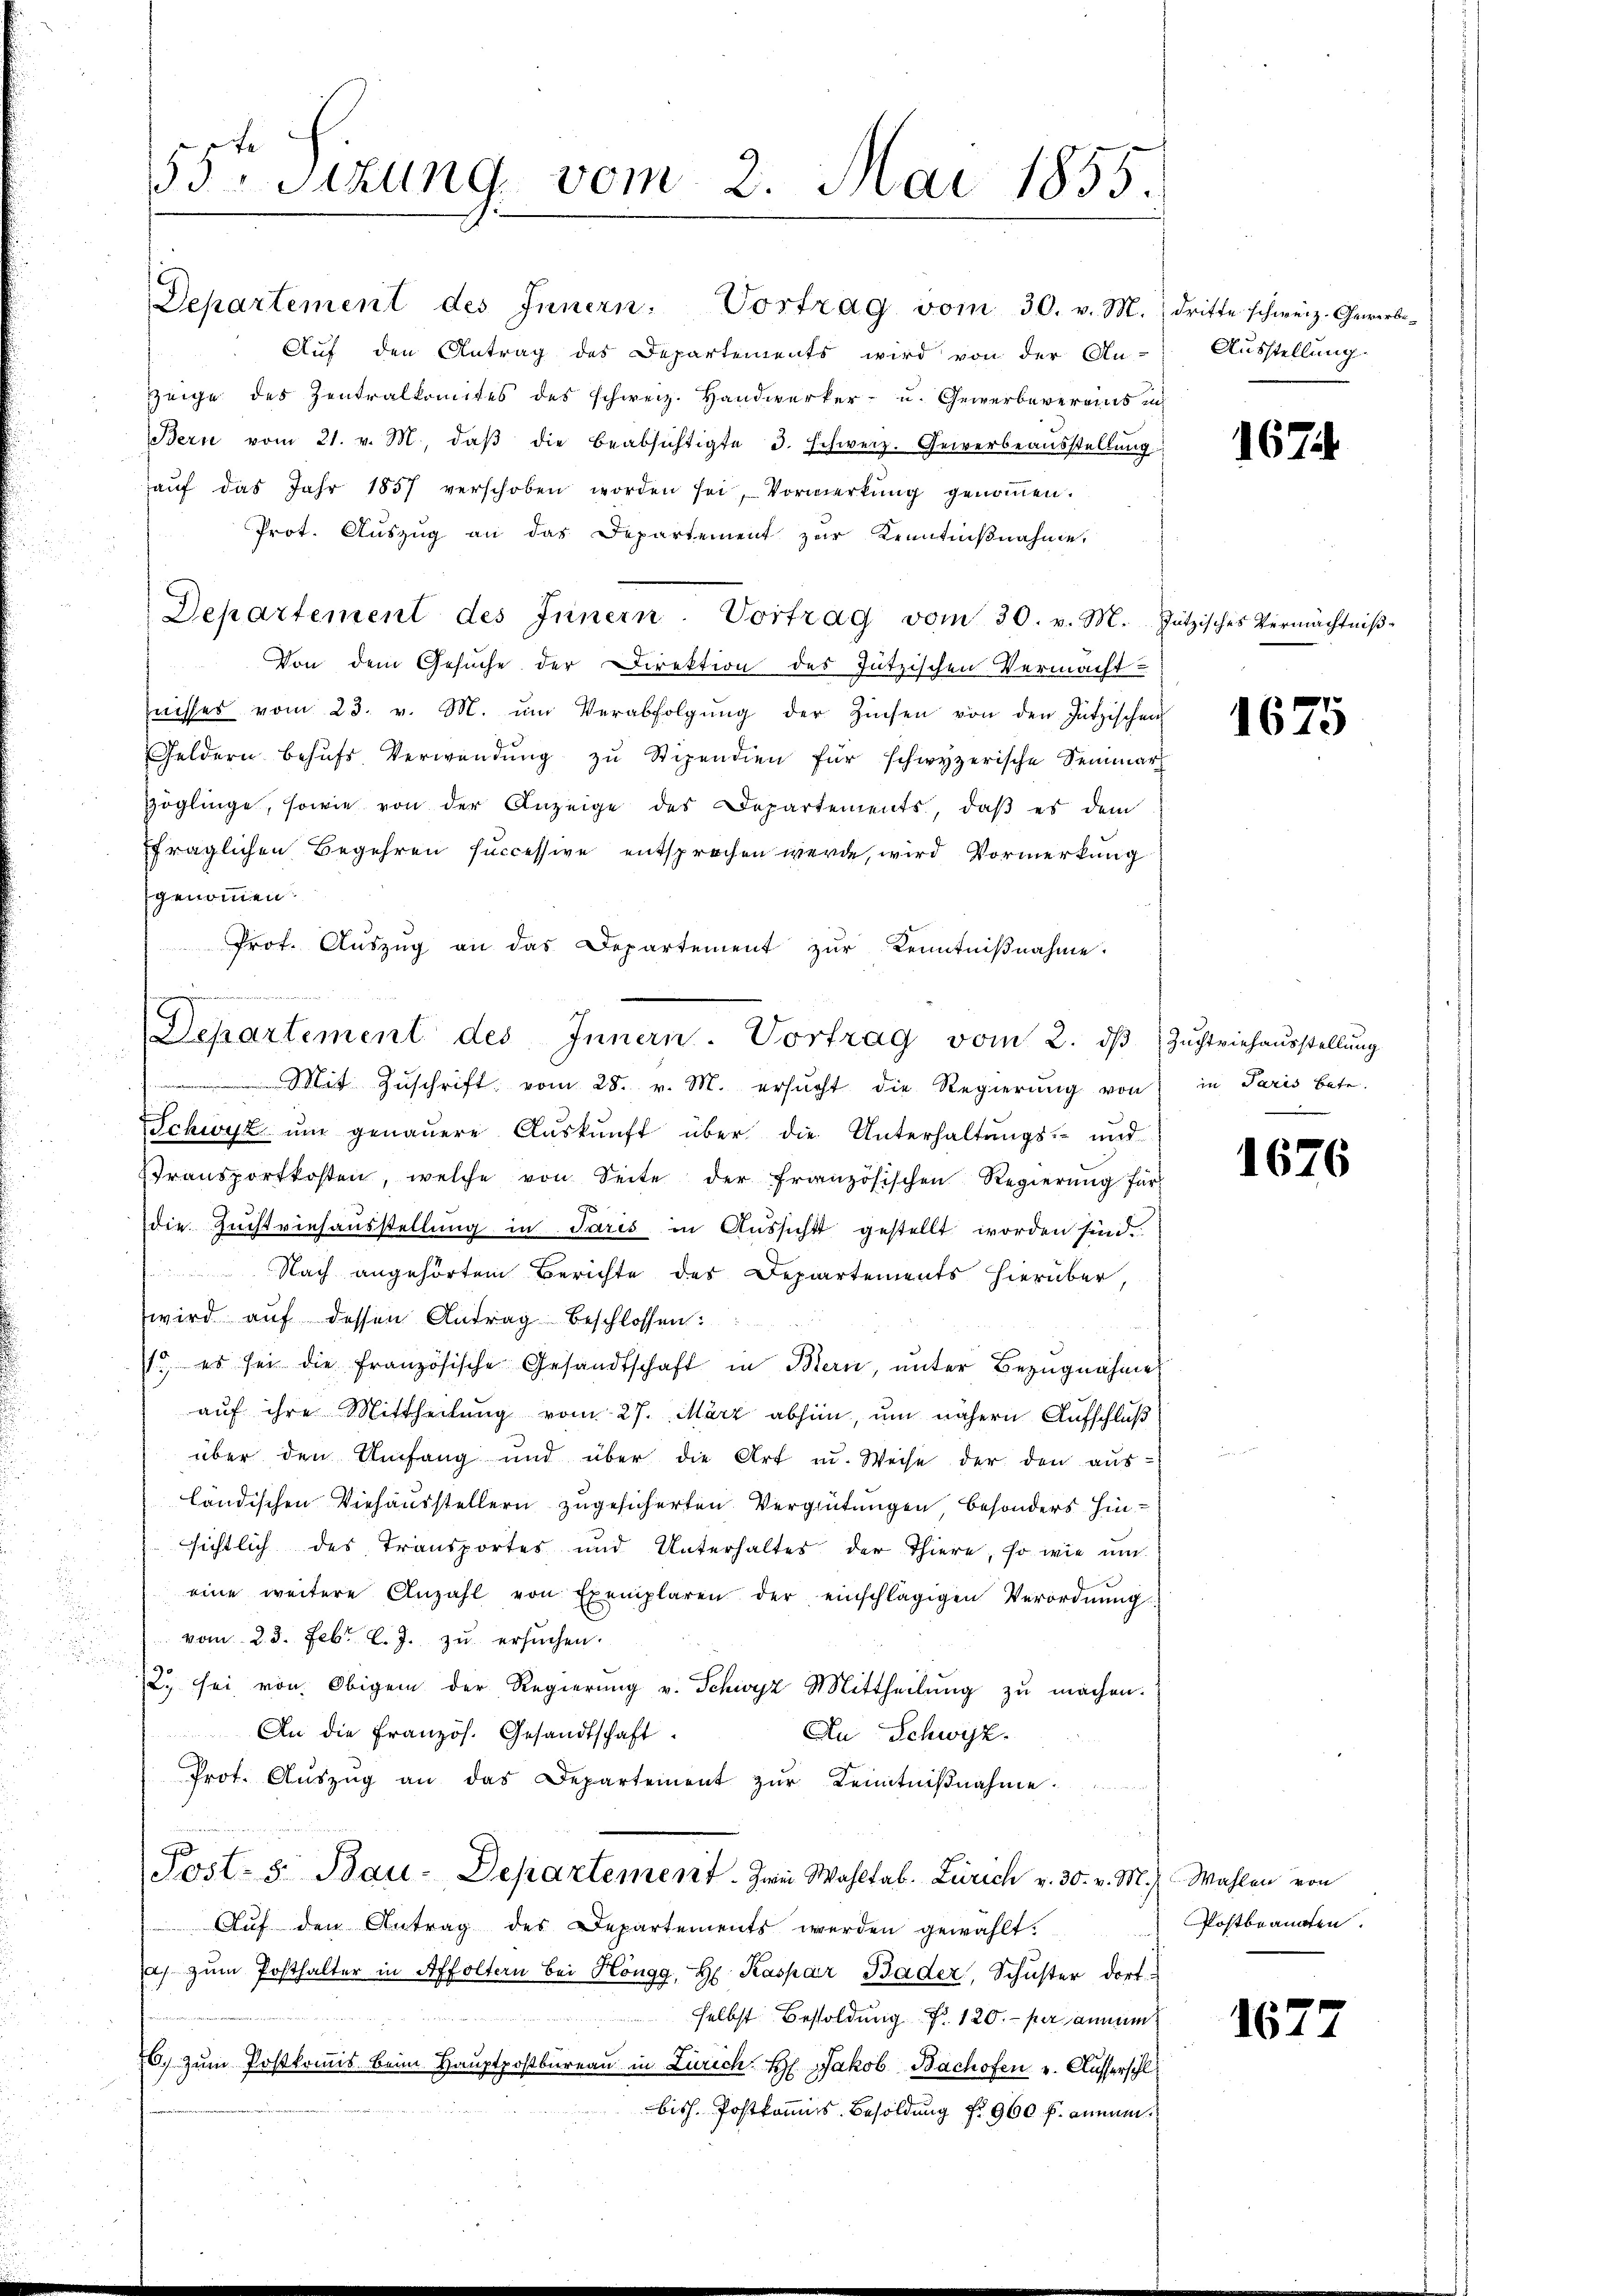
55ten Sizung vom 2. Mai 1855.

Departement des Innern. Vortrag vom 30. v. M. dritte schweiz. Gewerbe-
Auf den Antrag des Departements wird von der An-
Zeige des Zentralkomites des schweiz. Handwerker- u. Gewerbevereins in
Bern vom 21. v. M. daβ die beabsichtigte 3. Schweiz. Gewerbeaŭsstellŭng
aŭf das Jahr 1857 verschoben worden sei, Vormerkŭng genoṁen.
Prot. Aŭszŭg an das Departement zŭr Kenntniβnahme,
Von dem Gesuche der Direktion des Jützischen Vermacht
nisses vom 23. v. M. ŭm Verabfolgŭng der Zinsen von den Hutzischen
Geldern behufs Verwendung zŭ Stipendien für schwyzerische Semmerh
Zöglinge, sowie von der Anzeige des Departements, daβ es dem
fraglichen Begehren successive entsprochen werde, wird Vormerkung
genommen.
Prot. Aŭszŭg an das Departement zŭr Kenntniβnahme.
Mit Zŭschrift vom 28. v. M. ersŭcht die Regierŭng von
Schwyz ŭm genauere Aŭskŭnft über die Unterhaltŭngs- und
Transportkosten, welche von Seite der französischen Regierŭng für
die Zuchtviehausstellung in Paris in Aussicht gestellt worden sind.
Nach angehörtem Berichte des Departements hierüber,
wird auf dessen Antrag beschlossen:
1., es sei die französische Gesandtschaft in Bern, unter Bezugnahme
auf ihre Mittheilung vom 27. März abhin, um nähern Aufschluß
über den Umfang und über die Art u. Weise der den aus-
ländischen Viehausstellern zugesicherten Vergütungen, besonders Hinsichtlich des Transportes und Unterhaltes der Thiere, so wie um
eine weitere Anzahl von Exemplaren der einschlägigen Verordnŭng
vom 2. 3. Febr. l. J. zu ersuchen.
i
2. sei von Obigem der Regierung v. Schwyz Mittheilung zu machen.
An die Französ. Gesandtschaft
An Schweiz.
Prot. Aŭszŭg an das Departement zŭr Kenntniβnahme
Post- u. Bau-Departement. Zwei Wohltab. Zürich v. 30. v. M. Wahlen von
Auf den Antrag des Departements werden gewählt.
a zŭm Posthalter in Affoltern bei Höngg, H. Kaspar Bader, Schuster dort
selbst Besoldung d. 120.- per annum
6, zum Postkommis beim Hauptpostbureau in Zürich Hr. Jakob Bachofen v. Kusserschl
bisch. Postkommis Besoldung f. 960 f. annum

eweren annenen wir ein

Departement des Innern. Vortrag vom 30. v. M. Jŭtzisches Vermächtniβ-

Departement des Innern. Vortrag vom 2. dβ Zŭchtviehaŭsstellŭng

Ausstellung.

1674

1675

in Paris betr.

1676

Postbranaten.

1677